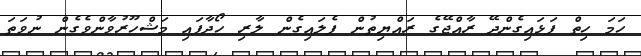
ހަމަ ހިތް ފަޅައިގެންދޭ ރާއްޖޭގެ ރައްޔިތުން ފެލައިގެން ލާރި ހޯދާފައި މަޝްހޫރުވާންވެގެން ނުވަތަ